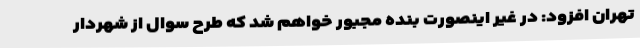
تهران افزود: در غیر اینصورت بنده مجبور خواهم شد که طرح سوال از شهردار